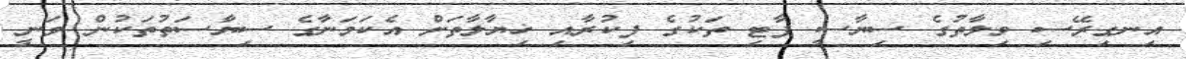
އިނގިރޭސި ވިލާތުގެ ސިޔާސީ ޕާޓި ތަކުގެ ފިކުރާއި ޚިޔާލާތަށް އެކަމަނާގެ ސިޔާސަތުތަކުން ވަނީ